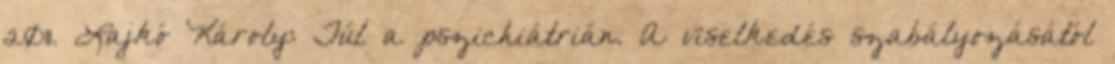
2011. Lajkó Károly: Túl a pszichiátrián. A viselkedés szabályozásától